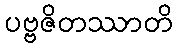
ပဗ္ဗဇိတဿာတိ